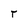
Character: r